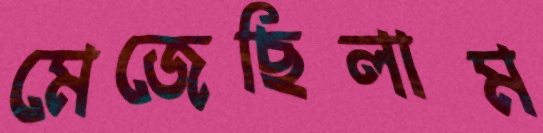
মেজেছিলাম